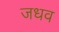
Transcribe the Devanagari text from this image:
जधव